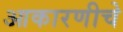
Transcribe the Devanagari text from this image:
आकारणीचे